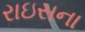
રાઇસના